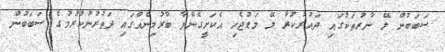
ސަބަބުން ލޭ ނާރުތަކުގައި ދައުރުކުރާ ލޭ މަޑުޖެހި އެކަށީގެންވާ ބާރުމިނެއްގައި ދަތުރުނުކުރުމުގެ ސަބަބުން